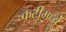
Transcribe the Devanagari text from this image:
कटीमध्ये